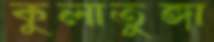
কুলাতুঙ্গা